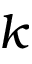
k